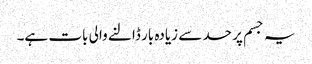
یہ جسم پر حد سے زیادہ بار ڈالنے والی بات ہے۔